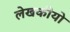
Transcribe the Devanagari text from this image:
लेखकीयो